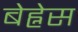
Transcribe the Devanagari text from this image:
बेह्नेस